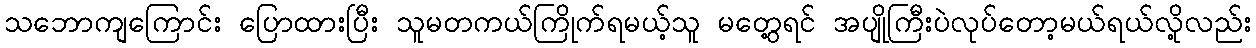
သဘောကျကြောင်း ပြောထားပြီး သူမတကယ်ကြိုက်ရမယ့်သူ မတွေ့ရင် အပျိုကြီးပဲလုပ်တော့မယ်ရယ်လို့လည်း